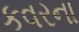
કવરના